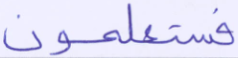
فستعلمون